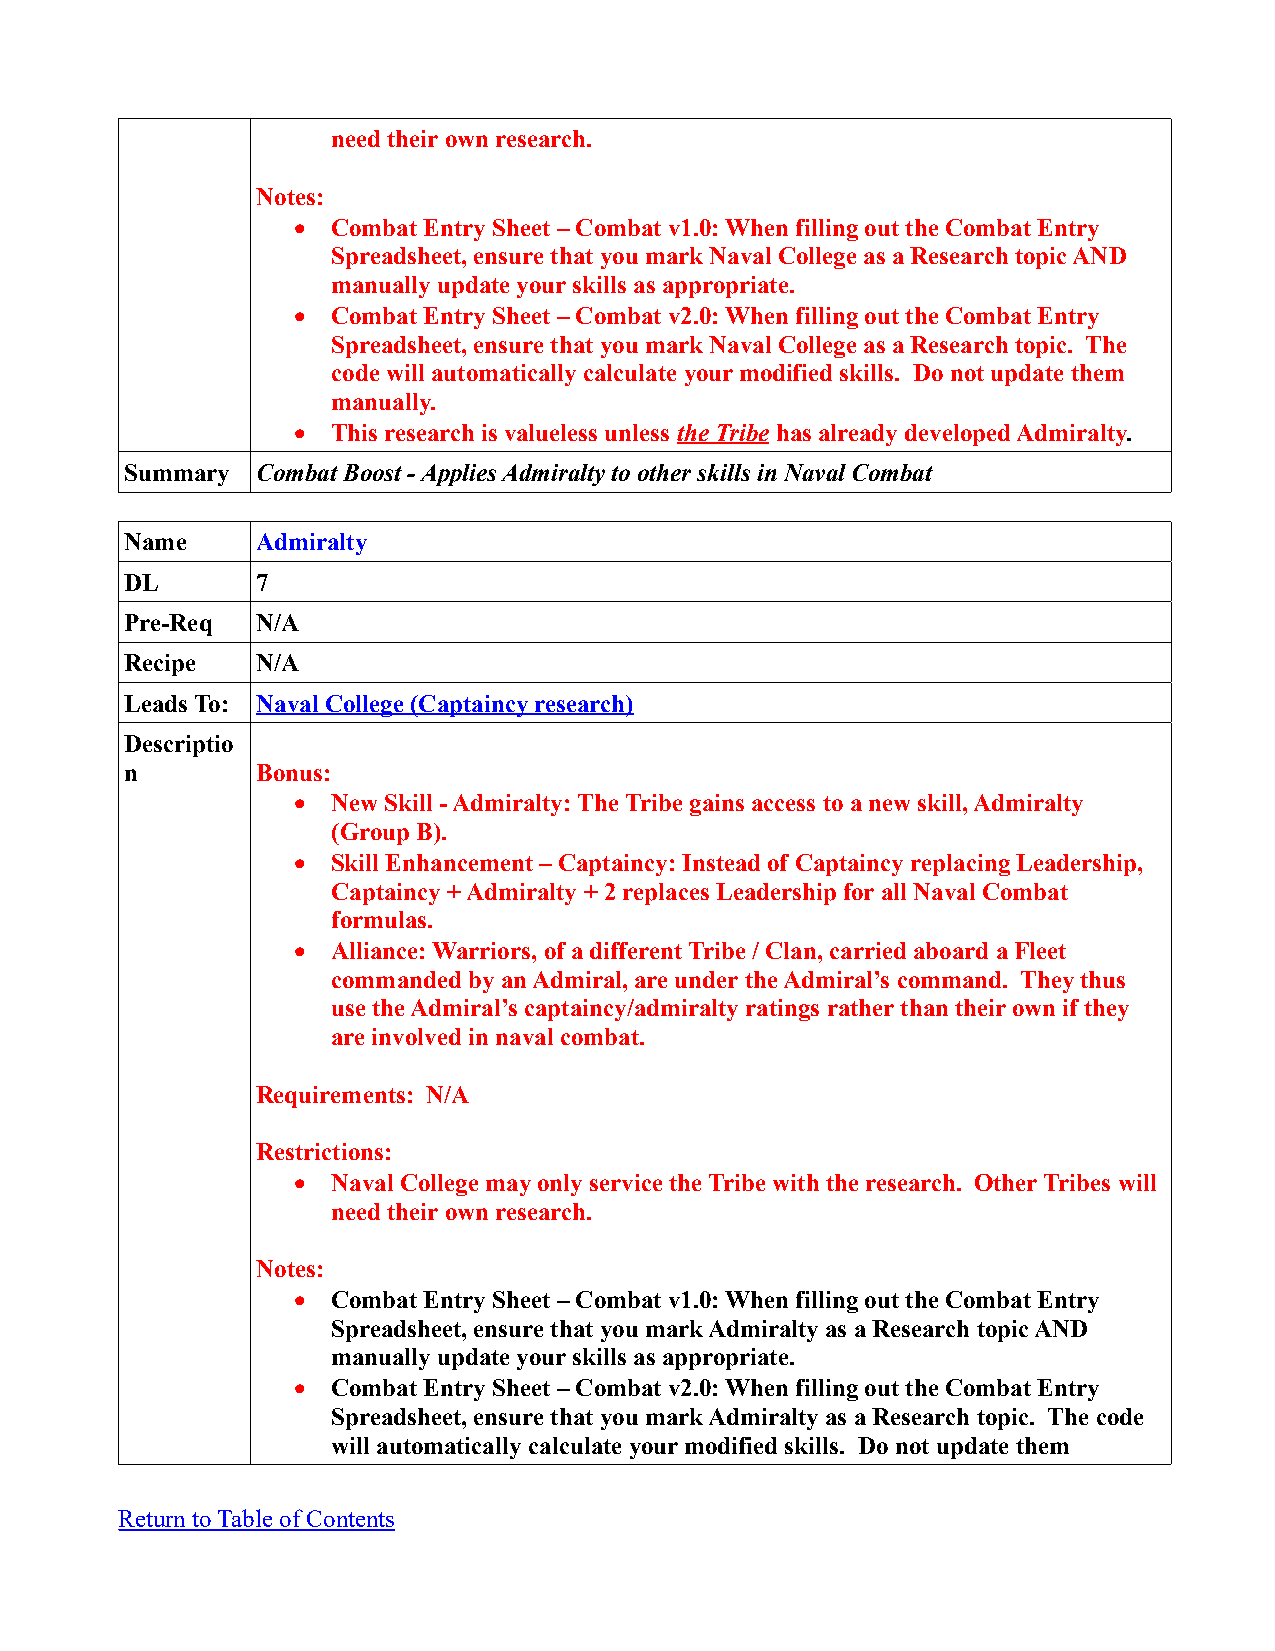
need their own research.
 Notes:
   Combat Entry Sheet – Combat v1.0: When filling out the Combat Entry
 Spreadsheet, ensure that you mark Naval College as a Research topic AND
 manually update your skills as appropriate.
   Combat Entry Sheet – Combat v2.0: When filling out the Combat Entry
 Spreadsheet, ensure that you mark Naval College as a Research topic. The
 code will automatically calculate your modified skills. Do not update them
 manually.
   This research is valueless unless the Tribe has already developed Admiralty.
 Summary  Combat Boost - Applies Admiralty to other skills in Naval Combat
 Name     Admiralty
 DL       7
 Pre-Req  N/A
 Recipe   N/A
 Leads To: Naval College (Captaincy research)
 Descriptio
 n        Bonus:
   New Skill - Admiralty: The Tribe gains access to a new skill, Admiralty
 (Group B).
   Skill Enhancement – Captaincy: Instead of Captaincy replacing Leadership,
 Captaincy + Admiralty + 2 replaces Leadership for all Naval Combat
 formulas.
   Alliance: Warriors, of a different Tribe / Clan, carried aboard a Fleet
 commanded by an Admiral, are under the Admiral’s command. They thus
 use the Admiral’s captaincy/admiralty ratings rather than their own if they
 are involved in naval combat.
 Requirements: N/A
 Restrictions:
   Naval College may only service the Tribe with the research. Other Tribes will
 need their own research.
 Notes:
   Combat Entry Sheet – Combat v1.0: When filling out the Combat Entry
 Spreadsheet, ensure that you mark Admiralty as a Research topic AND
 manually update your skills as appropriate.
   Combat Entry Sheet – Combat v2.0: When filling out the Combat Entry
 Spreadsheet, ensure that you mark Admiralty as a Research topic. The code
 will automatically calculate your modified skills. Do not update them
 Return to Table of Contents